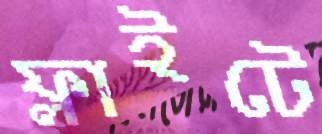
ফ্লাইটে